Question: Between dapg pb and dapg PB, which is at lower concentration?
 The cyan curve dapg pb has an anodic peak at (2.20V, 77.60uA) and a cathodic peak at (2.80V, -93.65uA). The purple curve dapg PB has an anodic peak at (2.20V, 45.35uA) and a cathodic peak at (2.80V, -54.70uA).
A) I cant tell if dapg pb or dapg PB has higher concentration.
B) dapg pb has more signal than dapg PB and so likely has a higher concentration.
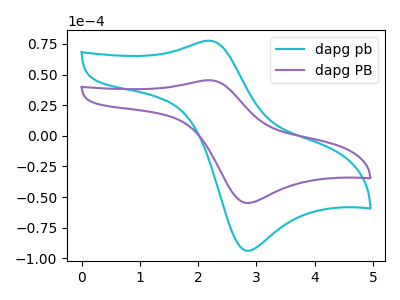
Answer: <think>All the peaks in "dapg pb" have a peak in "dapg PB" at the same potential. Every peak in "dapg pb" is higher than every peak in "dapg PB".
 </think>
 <answer>B) "dapg pb" has more signal than "dapg PB" and so likely has a higher concentration.</answer>
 <eval>B</eval>